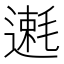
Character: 𫐿